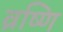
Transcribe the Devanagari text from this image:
व्रष्णि